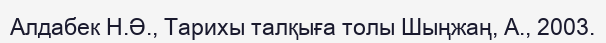
Алдабек Н.Ә., Тарихы талқыға толы Шыңжаң, А., 2003.